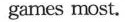
games most.